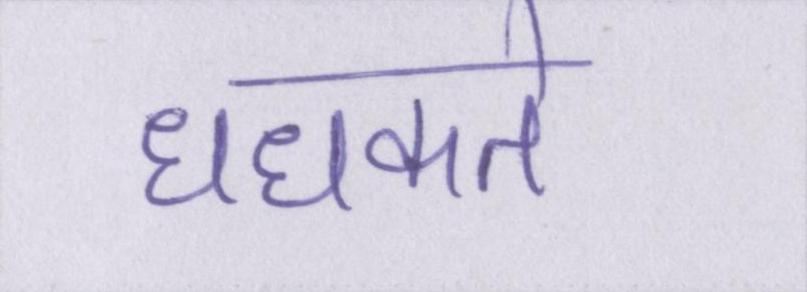
धधकते